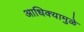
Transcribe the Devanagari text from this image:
आधिक्यामुळे